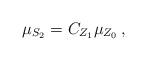
LaTeX: \begin{align*}\mu_{S_2} = C_{Z_1} \mu_{Z_0}\,,\end{align*}